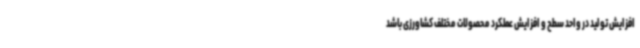
افزایش تولید در واحد سطح و افزایش عملکرد محصولات مختلف کشاورزی باشد